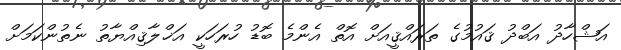
އަޝްހާދު އަބްދު ޤައުމުގެ ތަރައްޤީއަށް އޮތް އެންމެ ބޮޑު ހުރަހަކީ އަޚްލާޤިއްޔާތު ނެތުންކަމަށް